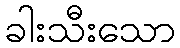
ခါးသီးသော